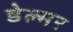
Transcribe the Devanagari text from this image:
डेल्मर